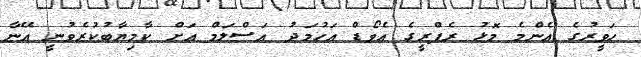
ހަވީރުގެ އެންމެ މޮޅު ރެފްރީގެ އެވޯޑް އަހުމަދު އަސްލަމް އަށް ކާމިޔާބުކުރެވުނީ އޭނާ